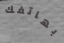
بهاتفك